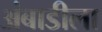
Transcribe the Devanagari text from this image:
अंबाडीला